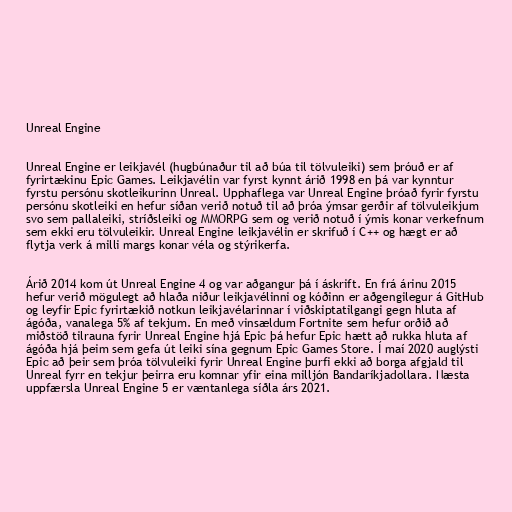
Unreal Engine

Unreal Engine er leikjavél (hugbúnaður til að búa til tölvuleiki) sem þróuð er af
fyrirtækinu Epic Games. Leikjavélin var fyrst kynnt árið 1998 en þá var kynntur
fyrstu persónu skotleikurinn Unreal. Upphaflega var Unreal Engine þróað fyrir fyrstu
persónu skotleiki en hefur síðan verið notuð til að þróa ýmsar gerðir af tölvuleikjum
svo sem pallaleiki, stríðsleiki og MMORPG sem og verið notuð í ýmis konar verkefnum
sem ekki eru tölvuleikir. Unreal Engine leikjavélin er skrifuð í C++ og hægt er að
flytja verk á milli margs konar véla og stýrikerfa.

Árið 2014 kom út Unreal Engine 4 og var aðgangur þá í áskrift. En frá árinu 2015
hefur verið mögulegt að hlaða niður leikjavélinni og kóðinn er aðgengilegur á GitHub
og leyfir Epic fyrirtækið notkun leikjavélarinnar í viðskiptatilgangi gegn hluta af
ágóða, vanalega 5% af tekjum. En með vinsældum Fortnite sem hefur orðið að
miðstöð tilrauna fyrir Unreal Engine hjá Epic þá hefur Epic hætt að rukka hluta af
ágóða hjá þeim sem gefa út leiki sína gegnum Epic Games Store. Í maí 2020 auglýsti
Epic að þeir sem þróa tölvuleiki fyrir Unreal Engine þurfi ekki að borga afgjald til
Unreal fyrr en tekjur þeirra eru komnar yfir eina milljón Bandaríkjadollara. Næsta
uppfærsla Unreal Engine 5 er væntanlega síðla árs 2021.